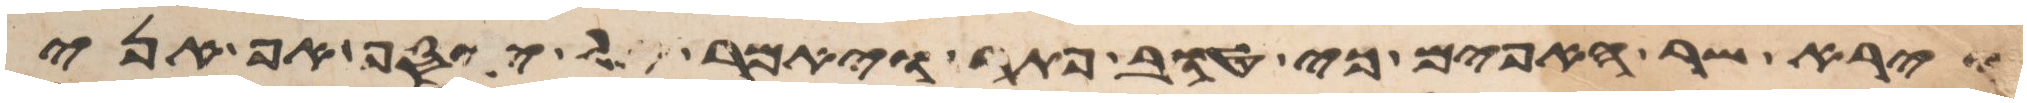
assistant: וירא שר האפים כי טוב פתר ויאמר אל יוסף אף אני